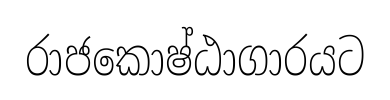
රාජකොෂ්ඨාගාරයට